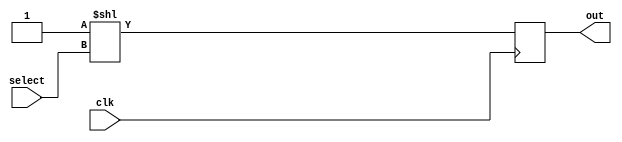
module decoder17 (
    input clk,
    input  [7:0]  select,
    output reg [16:0] out
    );

    always @ (posedge clk)
        out <= 1'b1 << select;  

endmodule